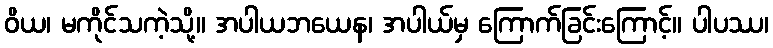
ဝိယ၊ မကိုင်သကဲ့သို့။ အပါယဘယေန၊ အပါယ်မှ ကြောက်ခြင်းကြောင့်။ ပါပဿ၊